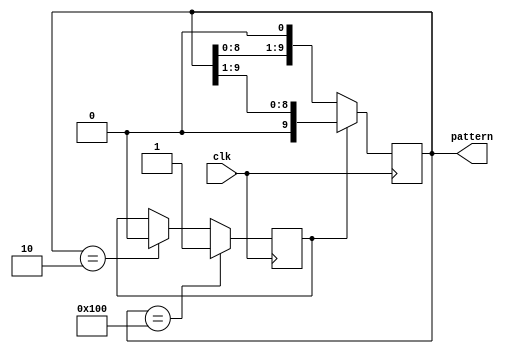
//-------------------------------------------
//Module name: shift_pattern 
//Function: circular roatate left a pattern with one '1' in a 10 bit shift on every clock cycle 
//Creators: Aditya Rajagopal, Mike Rizakis 
//Version: 2.0 
//-------------------------------------------

module shift_pattern(clk, pattern);
	input clk;
	output [9:0] pattern;
	
	reg [9:0] pattern; 
	reg direction;
	initial pattern = 10'b1; 
	initial direction = 1'b0;
	
	always @ (posedge clk) begin 
	
		if(pattern == 10'b0100000000) begin 
			direction <= 1'b1;
		end 
		
		else if (pattern == 10'b10) begin 
			direction <= 1'b0;
		end
		
		if(direction == 1'b0) begin 
			pattern <= pattern << 1; 
		end 
		
		else begin 
			pattern <= pattern >> 1;
		end 
	end
endmodule